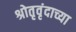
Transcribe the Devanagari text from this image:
श्रोतृवृंदाच्या